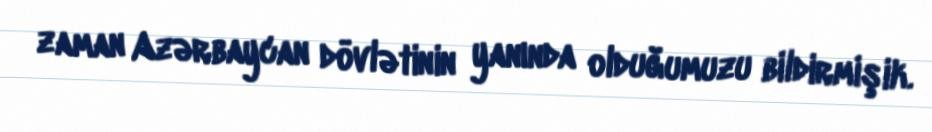
zaman Azərbaycan dövlətinin yanında olduğumuzu bildirmişik.